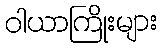
ဝါယာကြိုးများ